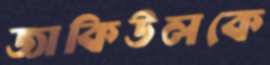
জাকিউলকে